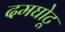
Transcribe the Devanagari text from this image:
दमघोटू